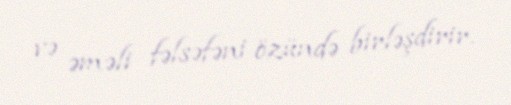
və əməli fəlsəfəni özündə birləşdirir.